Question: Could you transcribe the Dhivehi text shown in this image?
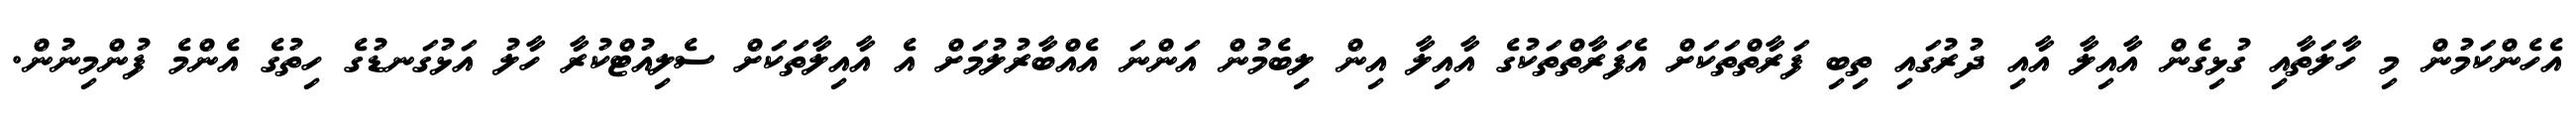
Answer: އެހެންކަމުން މި ހާލަތާއި ގުޅިގެން އާއިލާ އާއި ދުރުގައި ތިބި ފަރާތްތަކަށް އެފަރާތްތަކުގެ އާއިލާ އިން ލިބެމުން އަންނަ އެއްބާރުލުމަށް އެ އާއިލާތަކަށް ސެލިއުޓްކުރާ ހާލު އަޅުގަނޑުގެ ހިތުގެ އެންމެ ފުންމިނުން.